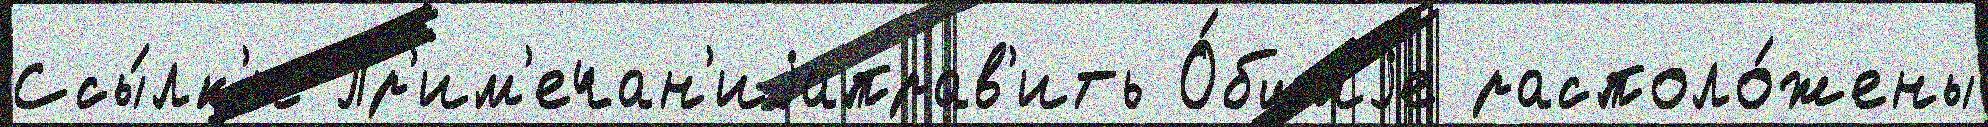
Ссы́лк'и Пр'им'ечан'иjаправ'ить О́бщиjе располо́жены